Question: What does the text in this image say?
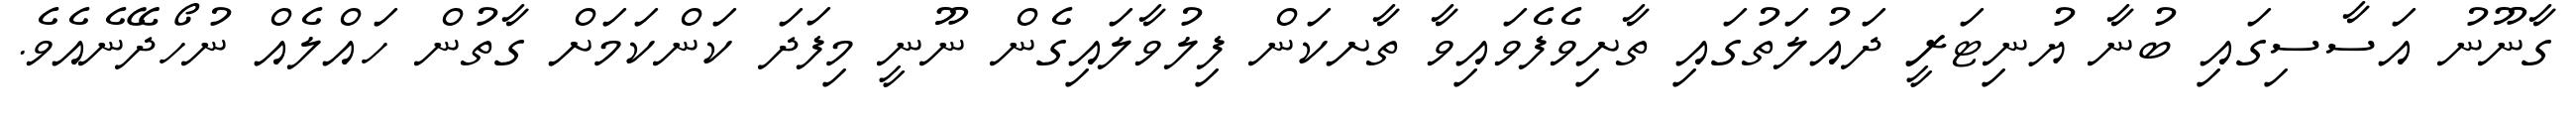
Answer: ގާނޫނު އަސާސިގައި ބުނާ ޔުނިޓަރީ ދައުލަތުގައި ތާށިވެފެވައިވާ ތާށކަން ފިލުވާލައިގެން ނޫނީ މިފަދަ ކަންކަމަށް ގާތުން ހައްލެއް ނުހޯދޭނެއެވެ.